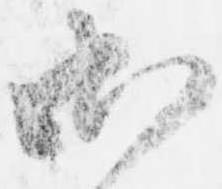
御